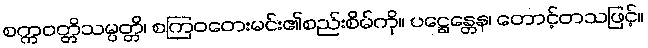
စက္ကဝတ္တိသမ္ပတ္တိ၊ စကြဝတေးမင်း၏စည်းစိမ်ကို။ ပဋ္ဌေန္တေန၊ တောင့်တသဖြင့်။